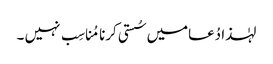
لہٰذا دُعامیں سُستی کرنا مُناسِب نہیں ۔